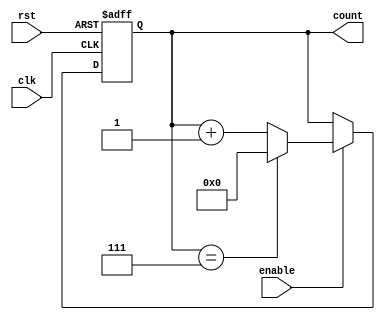
module modulo_n_up_counter_with_enable (
  input wire clk,
  input wire rst,
  input wire enable,
  output reg [N-1:0] count
);

parameter N = 8; // N is the given integer value

always @(posedge clk or posedge rst) begin
  if (rst) begin
    count <= 0;
  end else if (enable) begin
    if (count == N-1) begin
      count <= 0;
    end else begin
      count <= count + 1;
    end
  end
end

endmodule